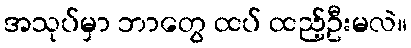
အသုပ်မှာ ဘာတွေ ထပ် ထည့်ဦးမလဲ။